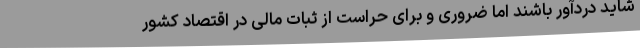
شاید دردآور باشند اما ضروری و برای حراست از ثبات مالی در اقتصاد کشور